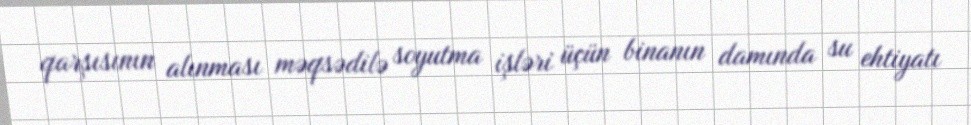
qarşısının alınması məqsədilə soyutma işləri üçün binanın damında su ehtiyatı